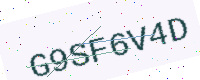
Text: G9SF6V4D